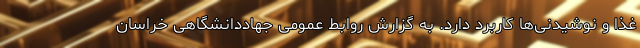
غذا و نوشیدنی‌ها کاربرد دارد. به گزارش روابط عمومی جهاددانشگاهی خراسان